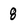
Character: 8